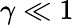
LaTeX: \gamma\ll 1